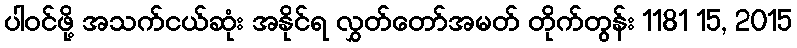
ပါဝင်ဖို့ အသက်ငယ်ဆုံး အနိုင်ရ လွှတ်တော်အမတ် တိုက်တွန်း 1181 15, 2015